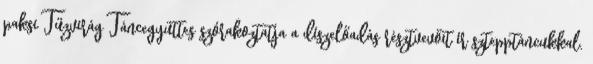
paksi Tűzvirág Táncegyüttes szórakoztatja a díszelőadás résztvevőit ír sztepptáncukkal.